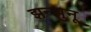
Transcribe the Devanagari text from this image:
झन्झुनू